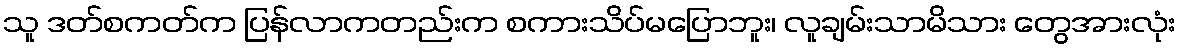
သူ ဒတ်စကတ်က ပြန်လာကတည်းက စကားသိပ်မပြောဘူး၊ လူချမ်းသာမိသား တွေအားလုံး